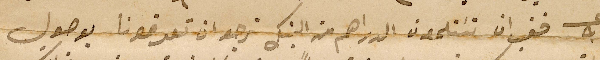
عــ ٩ فغب ان تسَتلمون الدراهم من البنك نرجو ان تعرفونا بوصول